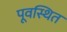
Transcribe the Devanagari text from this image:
पूवस्थित